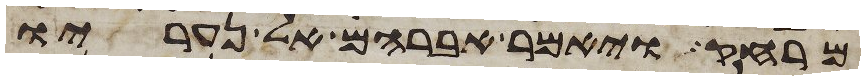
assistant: מרחק ויאמר אברהם אל נעריו